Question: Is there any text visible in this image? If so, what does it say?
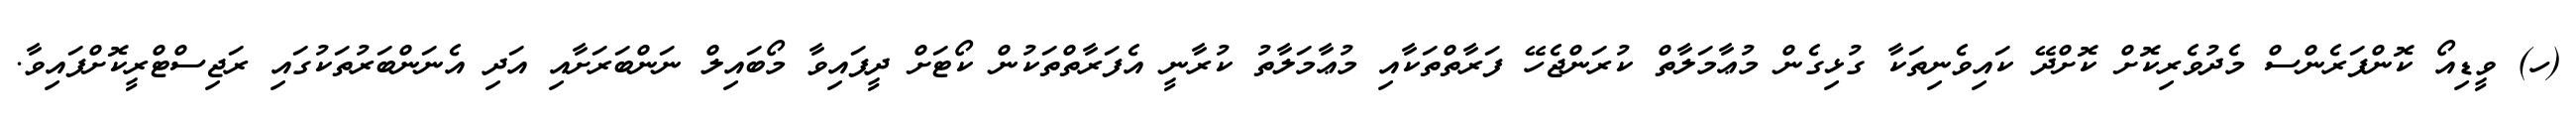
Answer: (ހ) ވީޑިއޯ ކޮންފަރެންސް މެދުވެރިކޮށް ކޮށްދޭ ކައިވެނިތަކާ ގުޅިގެން މުޢާމަލާތް ކުރަންޖެހޭ ފަރާތްތަކާއި މުޢާމަލާތު ކުރާނީ އެފަރާތްތަކުން ކޯޓަށް ދީފައިވާ މޯބައިލް ނަންބަރަށާއި އަދި އެނަންބަރުތަކުގައި ރަޖިސްޓްރީކޮށްފައިވާ.